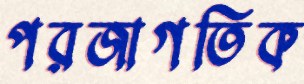
পরজাগতিক